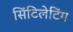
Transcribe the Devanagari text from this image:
सिंटिलेटिंग